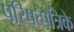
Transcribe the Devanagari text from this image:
परिषत्पत्रिके